Lunatic asylums Bombay report 1891-1903 - 1891-1903
Year: 1891
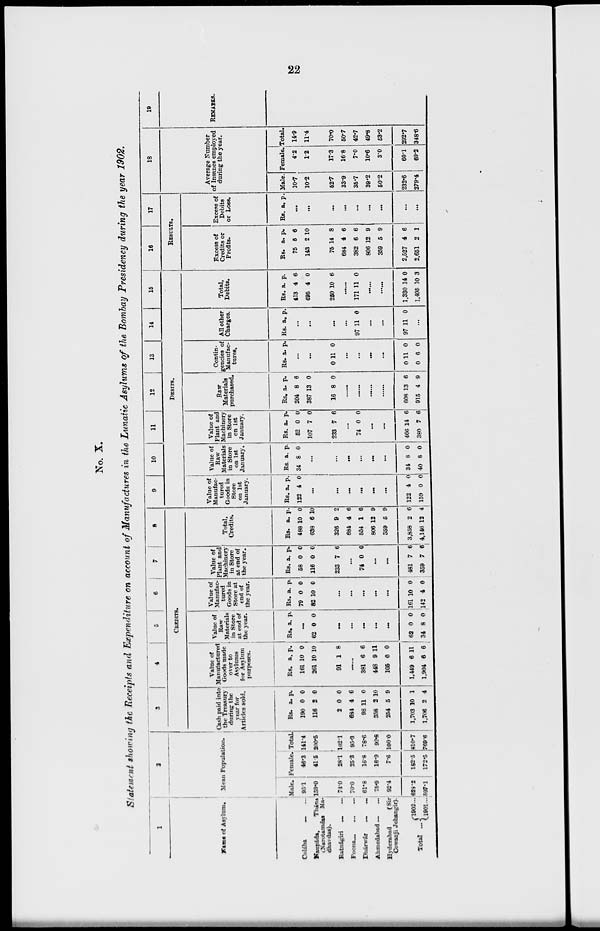
22
No. X.
Statement showing the Receipts and Expenditure on account of Manufactures in the Lunatic Asylums of the Bombay Presidency during the year 1902.
1
Name of Asylum.
Colába ... ...
Naupáda,
Thána
(Narotamdas Ma-
dhavdas).
Ratnágiri
...
...
Poona ... ... ...
Dhárwár
...
...
Ahmedabad ... ...
Hyderabad
(Sir
Cowasji Jehangir).
Total ....
1902 ...
1901 ...
2
Mean Population.
Male.
95.1
159.0
74.0
70.0
61.8
75.9
92.4
628.2
597.1
Female.
46.3
41.5
28.1
25.3
16.8
16.9
7.6
182.5
172.5
Total.
141.4
200.5
102.1
95.3
78.6
92.8
100.0
810.7
769.6
3
4
5
6
7
8
CREDITS.
Cash paid into
the Treasury
during the
year for
Articles sold.
Rs.
190
116
2
684
98
358
254
1,703
1,706
a.
0
2
0
4
11
2
5
10
2
p.
0
0
0
6
0
10
9
1
4
Value of
Manufactured
Goods made
over to
Asylums
for Asylum
purposes.
Rs.
161
261
91
a.
10
10
1
p.
0
10
8
......
381
448
105
1,449
1,904
6
9
0
6
6
6
11
0
11
6
Value of
Raw
Materials
in Store
at end of
the year.
Rs. a. p.
...
62 0 0
...
...
...
...
...
62
34
0
8
0
0
Value of
Manufac-
tured
Goods in
Store at
end of
the year.
Rs.
79
82
a.
0
10
p.
0
0
...
...
...
...
...
161
142
10
4
0
1
Value of
Plant and
Machinery
in Store
at end of
the year.
Rs.
58
116
233
a.
0
0
7
p.
0
0
6
...
74 0 0
...
...
481
359
7
7
6
6
Total,
Credits.
Rs.
488
638
326
684
554
806
359
3,858
4,146
a.
10
6
9
4
1
12
5
2
12
p.
0
10
2
6
6
9
9
6
4
9
10
11
12
13
14
15
DEBITS.
Value of
Manufac-
tured
Goods in
Store
on 1st
January.
Rs.
122
a.
4
p.
0
...
...
...
...
...
...
122
159
4
0
0
0
Value of
Raw
Materials
in Store
on 1st
January.
Rs.
34
a.
8
p.
0
...
...
...
...
...
...
34
40
8
8
0
0
Value of
Plant and
Machinery
in Store
on 1st
January.
Rs.
52
107
233
a.
0
7
7
p.
0
0
6
...
74 0 0
...
...
466
380
14
7
6
6
Raw
Materials
purchased.
Rs.
204
387
16
a.
8
13
8
p.
6
0
0
...
...
...
...
608
915
13
4
6
9
Contin-
gencies of
Manufac-
tures.
Rs. a. p. p
...
...
0 11 0
...
...
...
...
0
0
11
6
0
0
All other
Charges.
Rs. a. p.
...
...
...
...
97 11 0
...
...
97 11 0
...
Total,
Debits.
Rs.
413
495
250
a.
4
4
10
p.
6
0
6
... ...
171 11 0
......
......
1,330
1,495
14
10
0
3
16
17
RESULTS.
Excess of
Credits or
Profits.
Rs.
75
143
75
684
382
806
359
2,527
2,651
a.
5
2
14
4
6
12
5
4
2
p.
6
10
8
6
6
9
9
6
1
Excess of
Debits
or Loss.
Rs. a. p.
...
...
...
...
...
...
...
...
...
18
Average Number
of Insanes employed
during the year.
Male.
10.7
10.2
52.7
33.9
35.7
39.2
50.2
232.6
279.4
Female.
4.2
1.2
17.3
16.8
7.0
10.6
3.0
60.1
69.2
Total.
14.9
11.4
70.0
50.7
42.7
49.8
53.2
292.7
348.6
19
REMARKS.